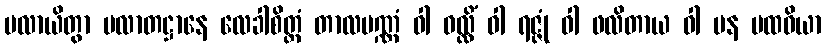
ပလာယိတွာ ပလာတဋ္ဌာနေ လေခါစိတ္တံ တာလပဏ္ဏံ ဝါ ဝလ္လိံ ဝါ ရဇ္ဇုံ ဝါ ဖလိတာယ ဝါ ပန ပထဝိယာ